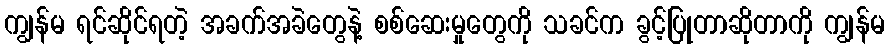
ကျွန်မ ရင်ဆိုင်ရတဲ့ အခက်အခဲတွေနဲ့ စစ်ဆေးမှုတွေကို သခင်က ခွင့်ပြုတာဆိုတာကို ကျွန်မ